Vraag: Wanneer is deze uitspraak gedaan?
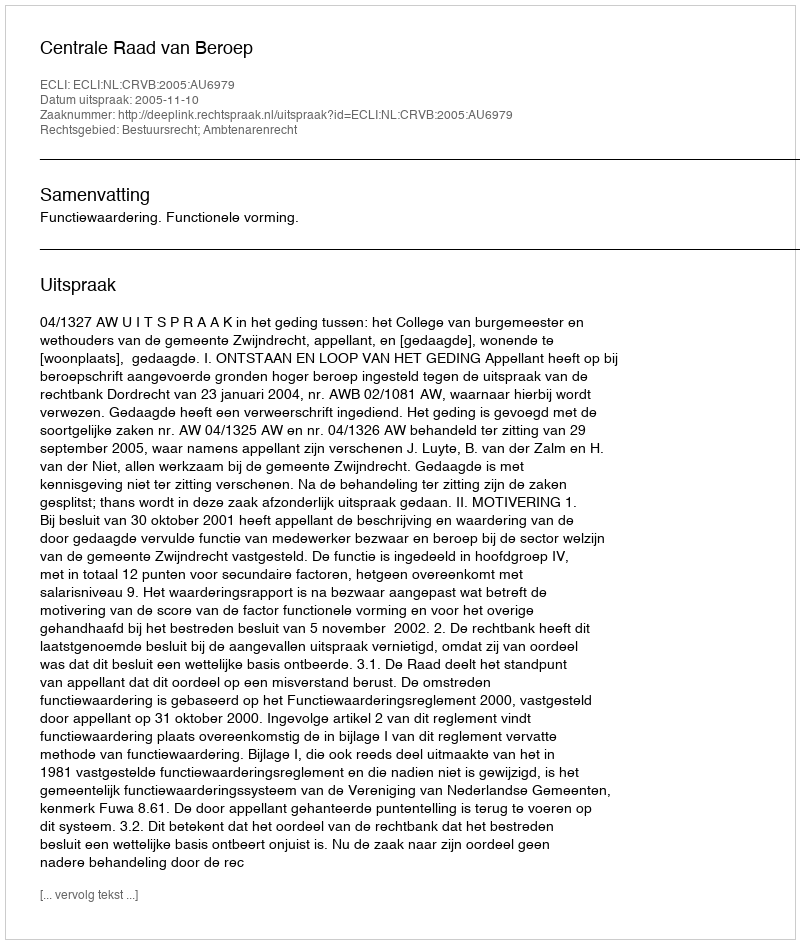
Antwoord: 2005-11-10